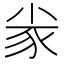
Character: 𡭷